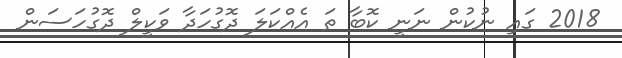
2018 ގައި ނުކުން ނަނީ ކޮބާ ތަ އެއްކަލަ ދޮގުހަދާ ވަކީލް ދޮގުހަސަން